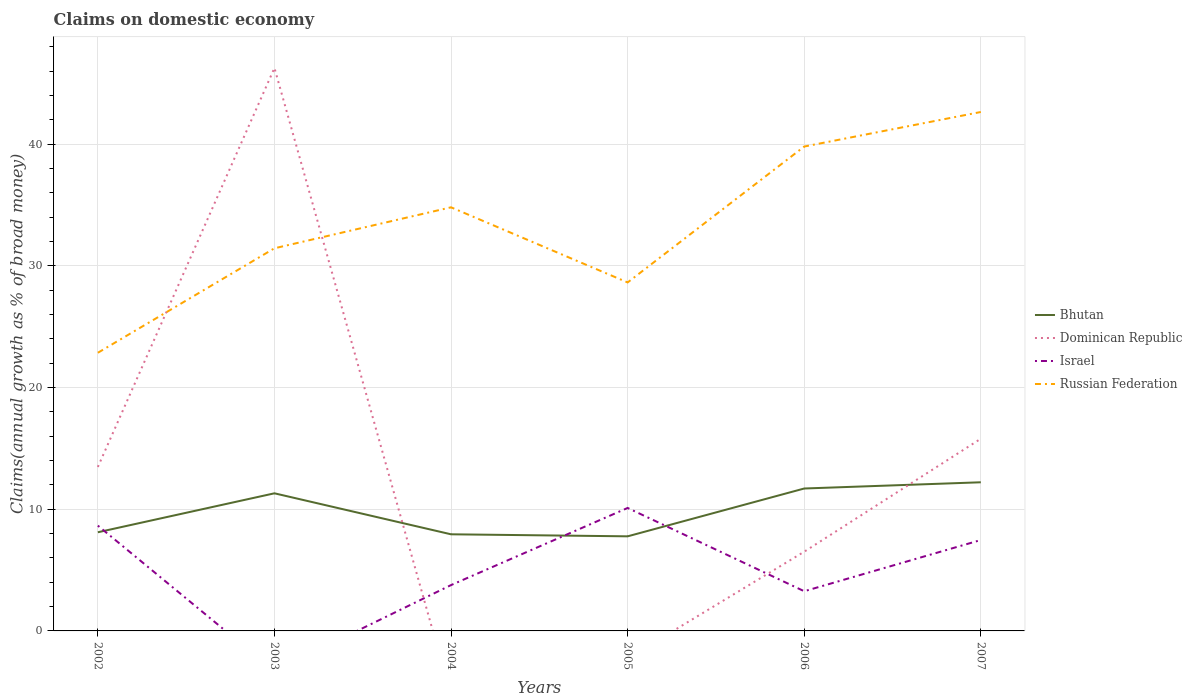
| Years | Bhutan | Dominican Republic | Israel | Russian Federation |
 | --- | --- | --- | --- | --- |
 | 2002 | 8.11 | 13.5 | 8.65 | 22.9 |
 | 2003 | 11.3 | 46.3 | -3.31 | 31.4 |
 | 2004 | 7.94 | -5.32 | 3.77 | 34.8 |
 | 2005 | 7.77 | -2.26 | 10.1 | 28.6 |
 | 2006 | 11.7 | 6.51 | 3.26 | 39.8 |
 | 2007 | 12.2 | 15.8 | 7.47 | 42.6 |